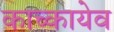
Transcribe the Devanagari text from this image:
काच्कायेव